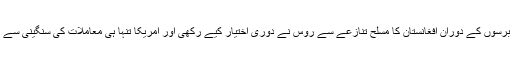
گزشتہ پندرہ برسوں کے دوران افغانستان کا مسلح تنازعے سے روس نے دوری اختیار کیے رکھی اور امریکا تنہا ہی معاملات کی سنگینی سے نبردآزما رہا۔